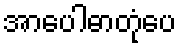
အာပေါဓာတုံပေ